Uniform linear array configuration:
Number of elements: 8
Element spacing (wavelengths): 0.75
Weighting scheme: cosine
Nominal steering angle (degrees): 45
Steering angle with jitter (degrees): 44.086
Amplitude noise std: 0.05
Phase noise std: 0.05

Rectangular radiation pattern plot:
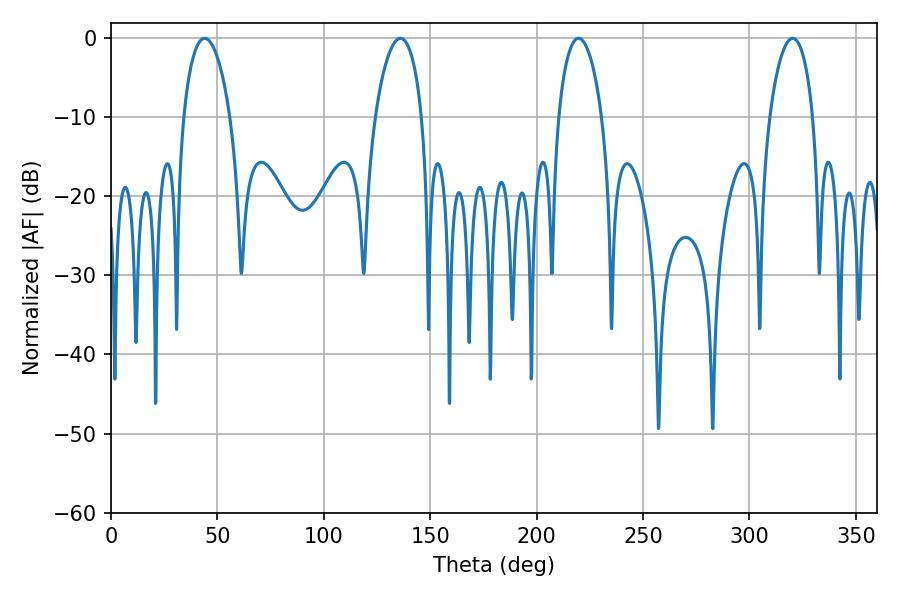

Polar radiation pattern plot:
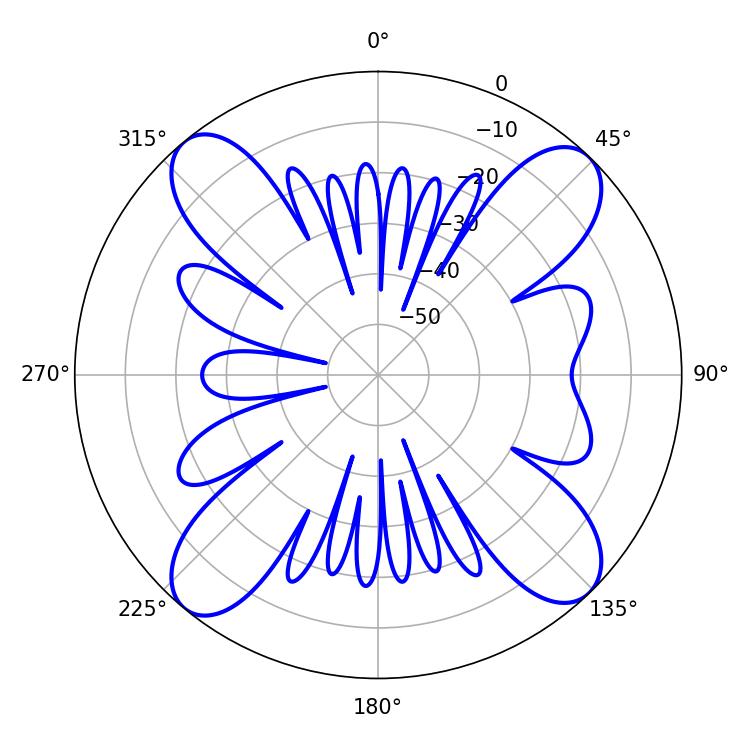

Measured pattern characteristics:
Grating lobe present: TRUE
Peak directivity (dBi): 15.825
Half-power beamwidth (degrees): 12.42
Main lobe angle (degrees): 43.92